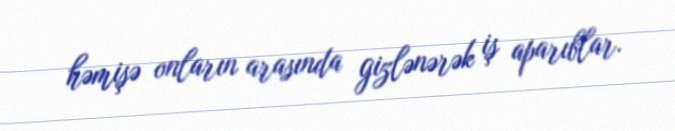
həmişə onların arasında gizlənərək iş aparıblar.